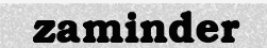
zaminder